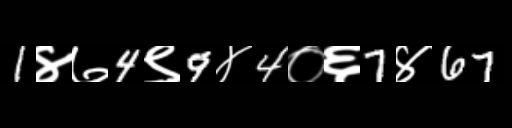
Text: 1४७4९9४4०६7४67